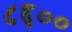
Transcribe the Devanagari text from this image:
८६००